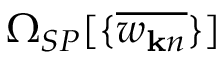
\Omega _ { S P } [ \{ \overline { { w _ { { \bf k } n } } } \} ]